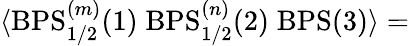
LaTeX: \langle\mathrm{BPS}_{1/2}^{(m)}(1)\; \mathrm{BPS}_{1/2}^{(n)}(2)\; \mathrm{BPS}(3)\rangle=